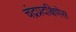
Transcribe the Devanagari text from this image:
चंद्रप्रदक्षिणेस